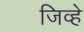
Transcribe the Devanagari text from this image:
जिव्हे